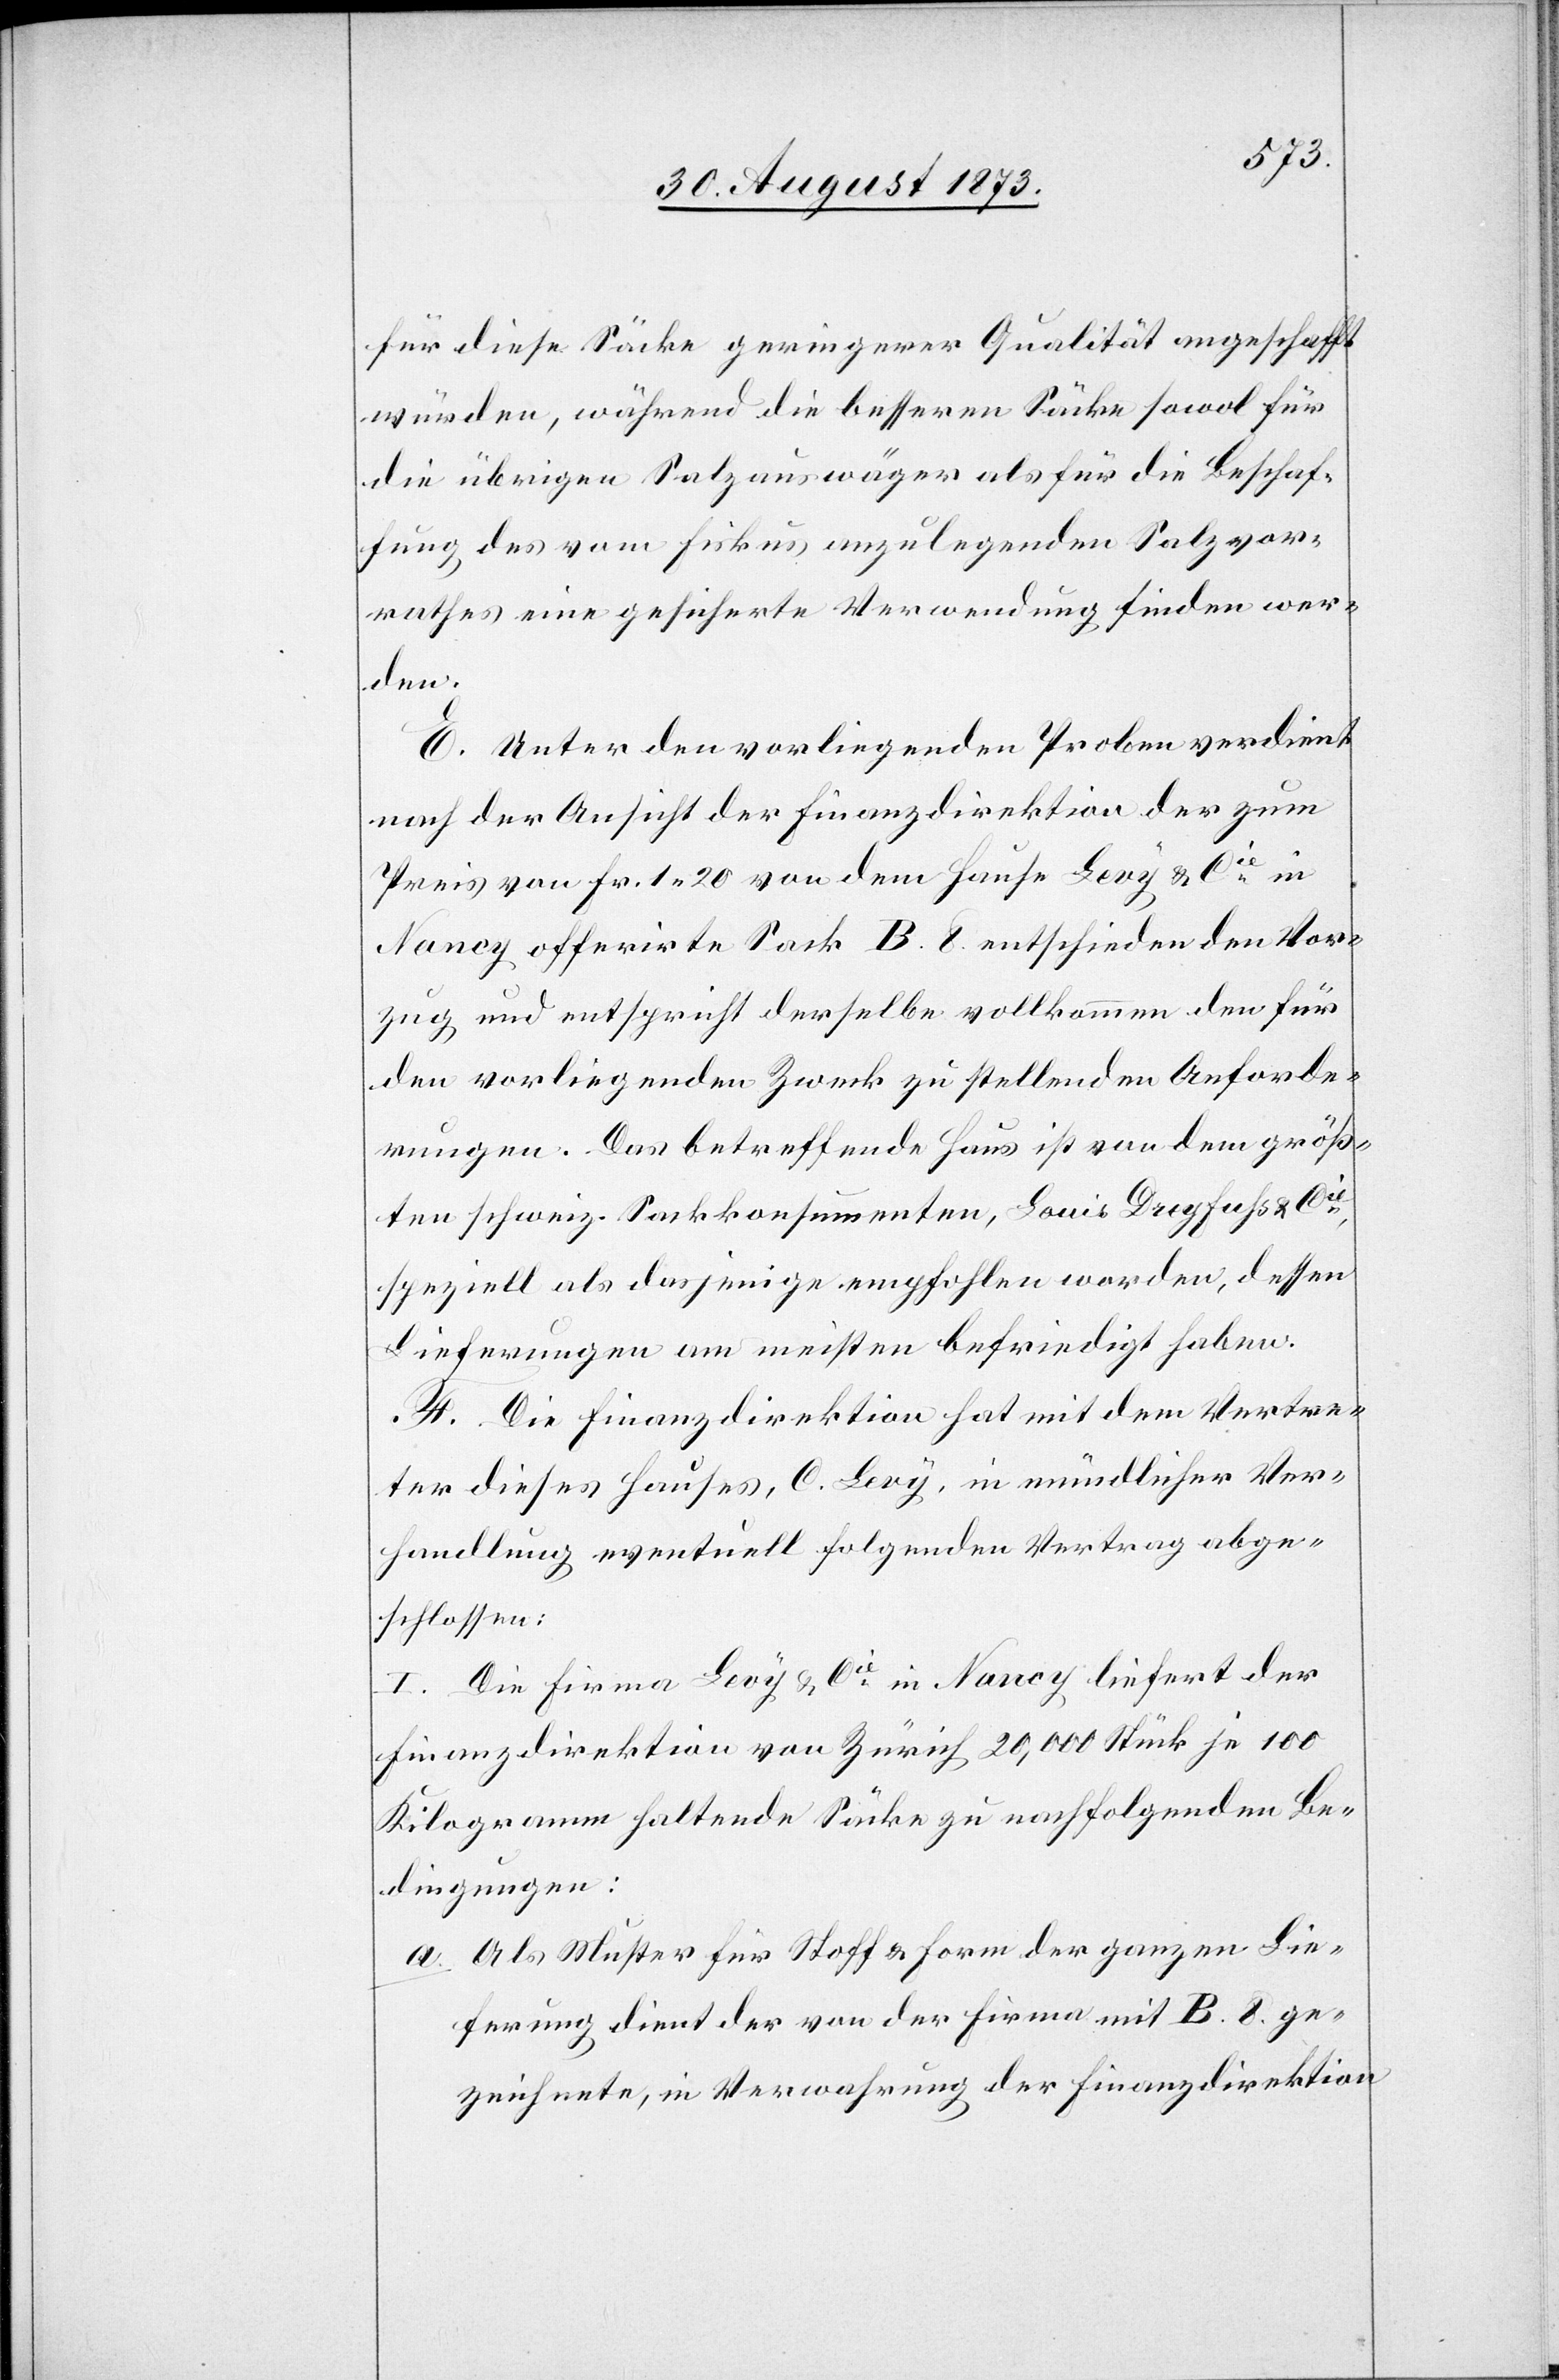
für diese Säcke geringerer Qualität angeschafft
würden, während die besseren Säcke sowol für
die übrigen Salzauswäger als für die Beschaf¬
fung des vom Fiskus anzulegenden Salzvor¬
rathes eine gesicherte Verwendung finden wer¬
den.
E. Unter den vorliegenden Proben verdient
nach der Ansicht der Finanzdirektion der zum
Preis von Fr. 1 20 von dem Hause Levy & Cie in
Nancy offerirte Sack B. 8. entschieden den Vor¬
zug und entspricht derselbe vollkommen den für
den vorliegenden Zweck zu stellenden Anforde¬
rungen. Das betreffende Haus ist von dem größ¬
ten schweiz. Sackkonsumenten, Louis Dreyfuss & Cie,
speziell als dasjenige empfohlen worden, dessen
Lieferungen am meisten befriedigt haben.
F. Die Finanzdirektion hat mit dem Vertre¬
ter dieses Hauses, C. Levy, in mündlicher Ver¬
handlung eventuell folgenden Vertrag abge¬
schlossen:
I. Die Firma Levy & Cie in Nancy liefert der
Finanzdirektion von Zürich 20,000 Stück je 100
Kilogramm haltende Säcke zu nachfolgenden Be¬
dingungen:
a. Als Muster für Stoff & Form der ganzen Lie¬
ferung dient der von der Firma mit B. 8. ge¬
zeichnete, in Verwahrung der Finanzdirektion